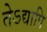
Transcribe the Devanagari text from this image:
तेऽद्यापि